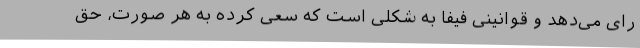
رای می‌دهد و قوانینی فیفا به شکلی است که سعی کرده به هر صورت، حق